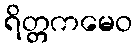
ရိတ္တကမေဝ